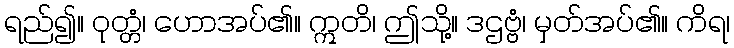
ရည်၍။ ဝုတ္တံ၊ ဟောအပ်၏။ ဣတိ၊ ဤသို့။ ဒဌဗ္ဗံ၊ မှတ်အပ်၏။ ကိရ၊